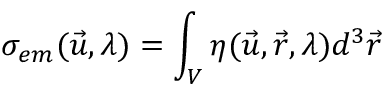
\sigma _ { e m } ( \vec { u } , \lambda ) = \int _ { V } \eta ( \vec { u } , \vec { r } , \lambda ) d ^ { 3 } \vec { r }